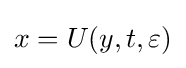
x=U(y,t,\varepsilon )